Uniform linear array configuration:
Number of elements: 16
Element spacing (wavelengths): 1
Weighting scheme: exponential
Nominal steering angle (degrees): -30
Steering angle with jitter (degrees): -31.338
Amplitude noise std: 0.05
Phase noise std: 0.05

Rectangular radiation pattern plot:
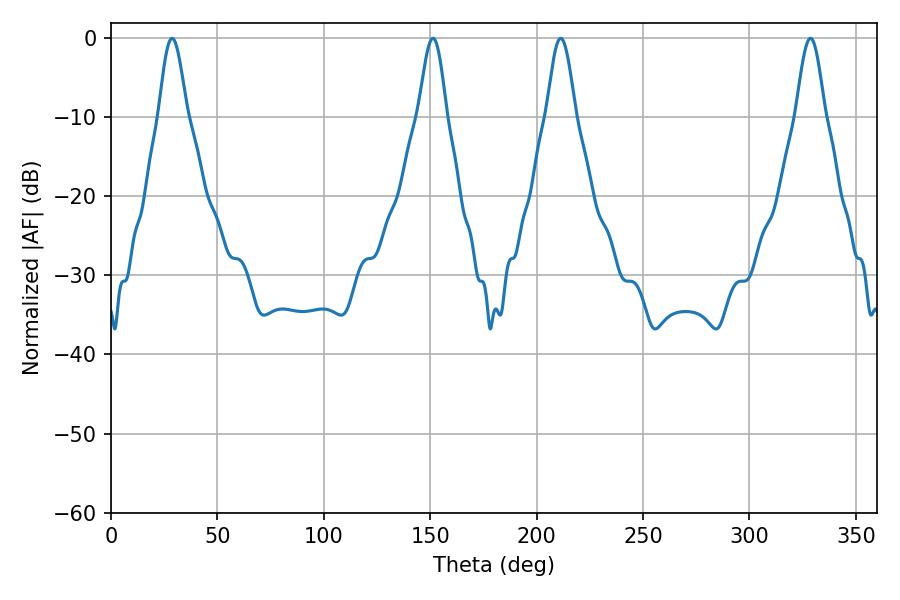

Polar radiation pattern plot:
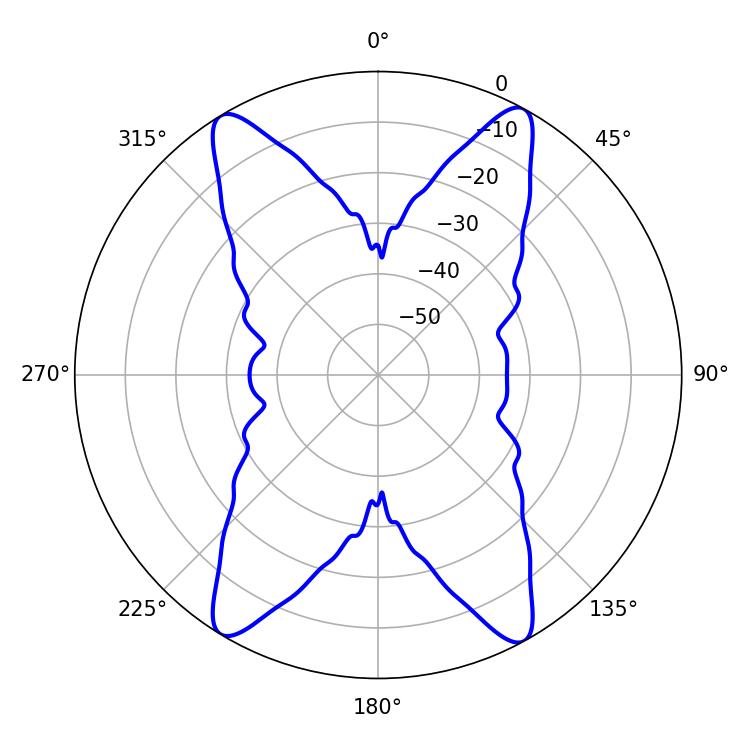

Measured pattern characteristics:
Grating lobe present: TRUE
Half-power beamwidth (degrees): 7.2
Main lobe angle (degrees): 211.32